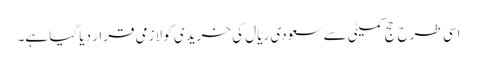
اسی طرح حج کمیٹی سے سعودی ریال کی خریدی کو لازمی قرار دیا گیا ہے۔